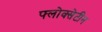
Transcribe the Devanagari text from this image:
फ्लोक्सेटीन